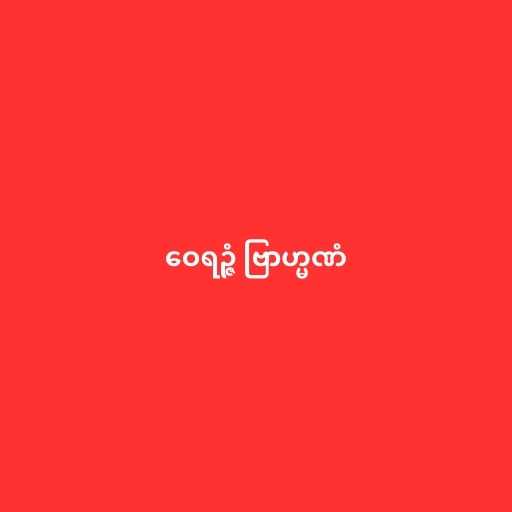
ဝေရဉ္ဇံ ဗြာဟ္မဏံ